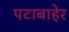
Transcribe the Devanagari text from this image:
पटाबाहेर